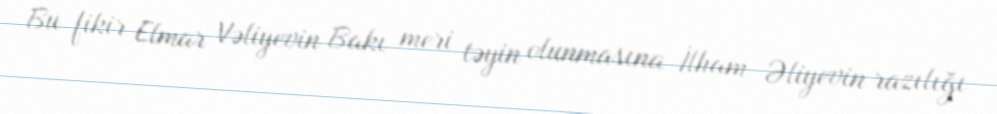
Bu fikir Elmar Vəliyevin Bakı meri təyin olunmasına İlham Əliyevin razılığı